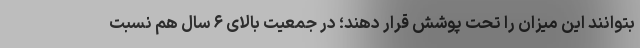
بتوانند این میزان را تحت پوشش قرار دهند؛ در جمعیت بالای ۶ سال هم نسبت